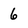
Character: 6